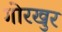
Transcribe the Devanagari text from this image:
गोरखुर